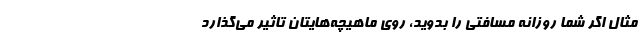
مثال اگر شما روزانه مسافتی را بدوید، روی ماهیچه‌‌هایتان تاثیر می‌گذارد